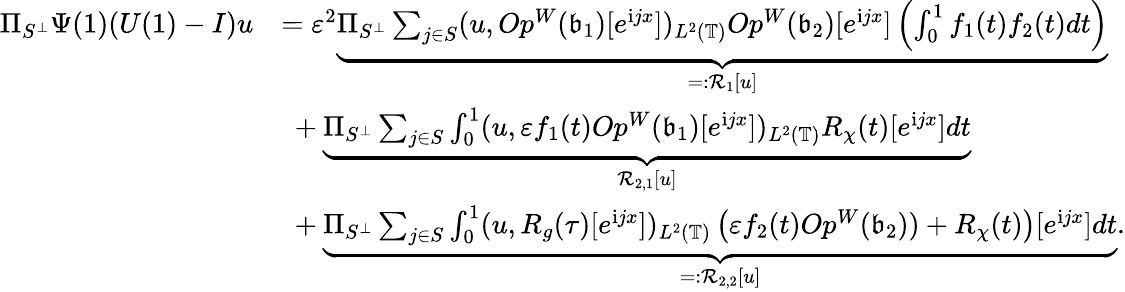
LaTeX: \begin{array}{rl}{\Pi_{S^{\perp}}\Psi(1)(U(1)-I)u}&{=\varepsilon^{2}\underbrace{\Pi_{S^{\perp}}\sum_{j\in S}(u,Op^{W}(\mathfrak{b}_{1})[e^{\mathrm{i}jx}])_{L^{2}(\mathbb{T})}Op^{W}(\mathfrak{b}_{2})[e^{\mathrm{i}jx}]\left(\int_{0}^{1}f_{1}(t)f_{2}(t)dt\right)}_{=:\mathcal{R}_{1}[u]}}\\ &{\ +\underbrace{\Pi_{S^{\perp}}\sum_{j\in S}\int_{0}^{1}(u,\varepsilon f_{1}(t)Op^{W}(\mathfrak{b}_{1})[e^{\mathrm{i}jx}])_{L^{2}(\mathbb{T})}R_{\chi}(t)[e^{\mathrm{i}jx}]dt}_{\mathcal{R}_{2,1}[u]}}\\ &{\ +\underbrace{\Pi_{S^{\perp}}\sum_{j\in S}\int_{0}^{1}(u,R_{g}(\tau)[e^{\mathrm{i}jx}])_{L^{2}(\mathbb{T})}\left(\varepsilon f_{2}(t)Op^{W}(\mathfrak{b}_{2}))+R_{\chi}(t)\right)[e^{\mathrm{i}jx}]dt}_{=:\mathcal{R}_{2,2}[u]}.}\end{array}